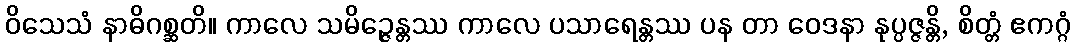
ဝိသေသံ နာဓိဂစ္ဆတိ။ ကာလေ သမိဉ္ဇေန္တဿ ကာလေ ပသာရေန္တဿ ပန တာ ဝေဒနာ နုပ္ပဇ္ဇန္တိ, စိတ္တံ ဧကဂ္ဂံ